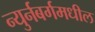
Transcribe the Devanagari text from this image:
न्युर्नबर्गमधील